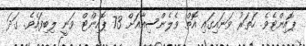
ޕޮއިންޓެވެ. ހަތަރު ވަނައިގައި އޮތް ވެލެންސިއާއަށް 73 ޕޮއިންޓް ވަނީ ލިބިފައެވެ. ގަދަ